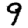
Digit: 9